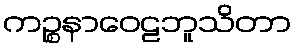
ကဉ္စနာဝေဠဘူသိတာ